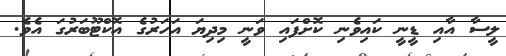
ލީސާ އާއި ޑީނީ ކައިވެނި ކޮށްފައި ވަނީ މިދިޔަ އަހަރުގެ އޮކްޓޫބަރުގަ އެވެ.